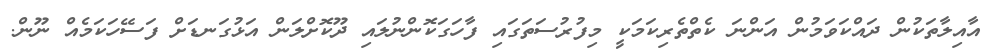
އާއިލާތަކުން ދައްކަވަމުން އަންނަ ކެތްތެރިކަމަކީ މިފުރުސަތަގައި ފާހަގަކޮންނުލައި ދޫކޮށްލަން އަޅުގަނޑަށް ފަސޭހަކަމެއް ނޫން.